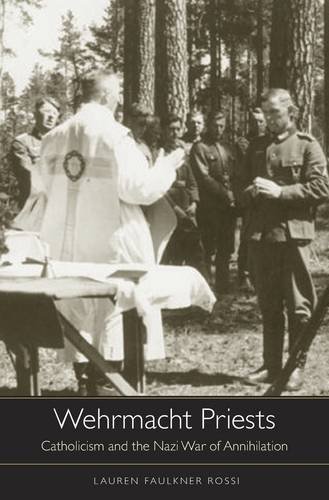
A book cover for Wehrmacht Priests: Catholicism and the Nazi War of Annihilation; Lauren Faulkner Rossi; Christian Books & Bibles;